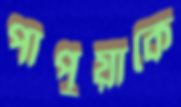
পাপুয়াকে